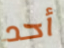
أحد